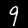
Digit: 9